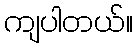
ကျပါတယ်။